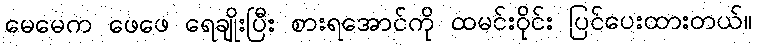
မေမေက ဖေဖေ ရေချိုးပြီး စားရအောင်ကို ထမင်းဝိုင်း ပြင်ပေးထားတယ်။